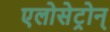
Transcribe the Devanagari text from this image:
एलोसेट्रोन्